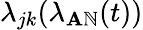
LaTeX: \lambda_{jk}(\lambda_{\mathbf{A}\mathbb{N}}(t))